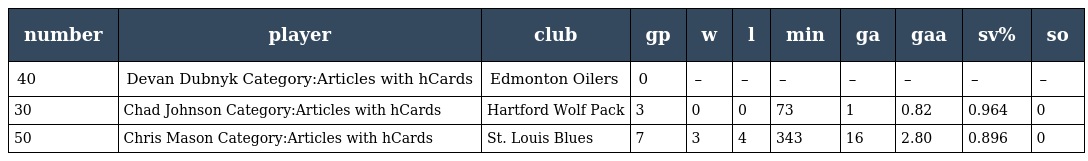
| number | player | club | gp | w | l | min | ga | gaa | sv% | so |
 | --- | --- | --- | --- | --- | --- | --- | --- | --- | --- | --- |
 | 40 | Devan Dubnyk Category:Articles with hCards | Edmonton Oilers | 0 | – | – | – | – | – | – | – |
 | 30 | Chad Johnson Category:Articles with hCards | Hartford Wolf Pack | 3 | 0 | 0 | 73 | 1 | 0.82 | 0.964 | 0 |
 | 50 | Chris Mason Category:Articles with hCards | St. Louis Blues | 7 | 3 | 4 | 343 | 16 | 2.80 | 0.896 | 0 |